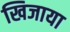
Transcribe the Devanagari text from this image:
खिजाया